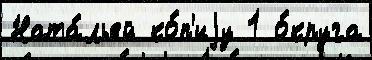
Ната́льей ко́п'иjу 1 о́круга